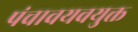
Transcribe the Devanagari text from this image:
पंचावयवयुक्त